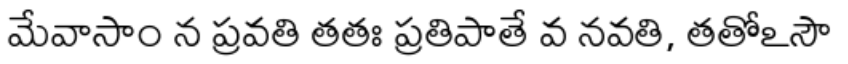
మేవాసాం న ప్రవతి తతః ప్రతిపాతే వ నవతి, తతోఽసౌ